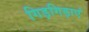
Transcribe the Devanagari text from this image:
गिड़गिड़ाएं